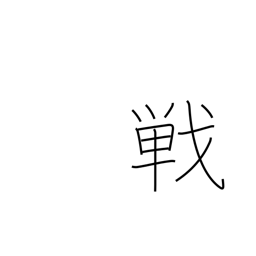
Meaning: match